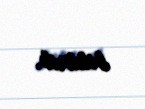
bildirib.